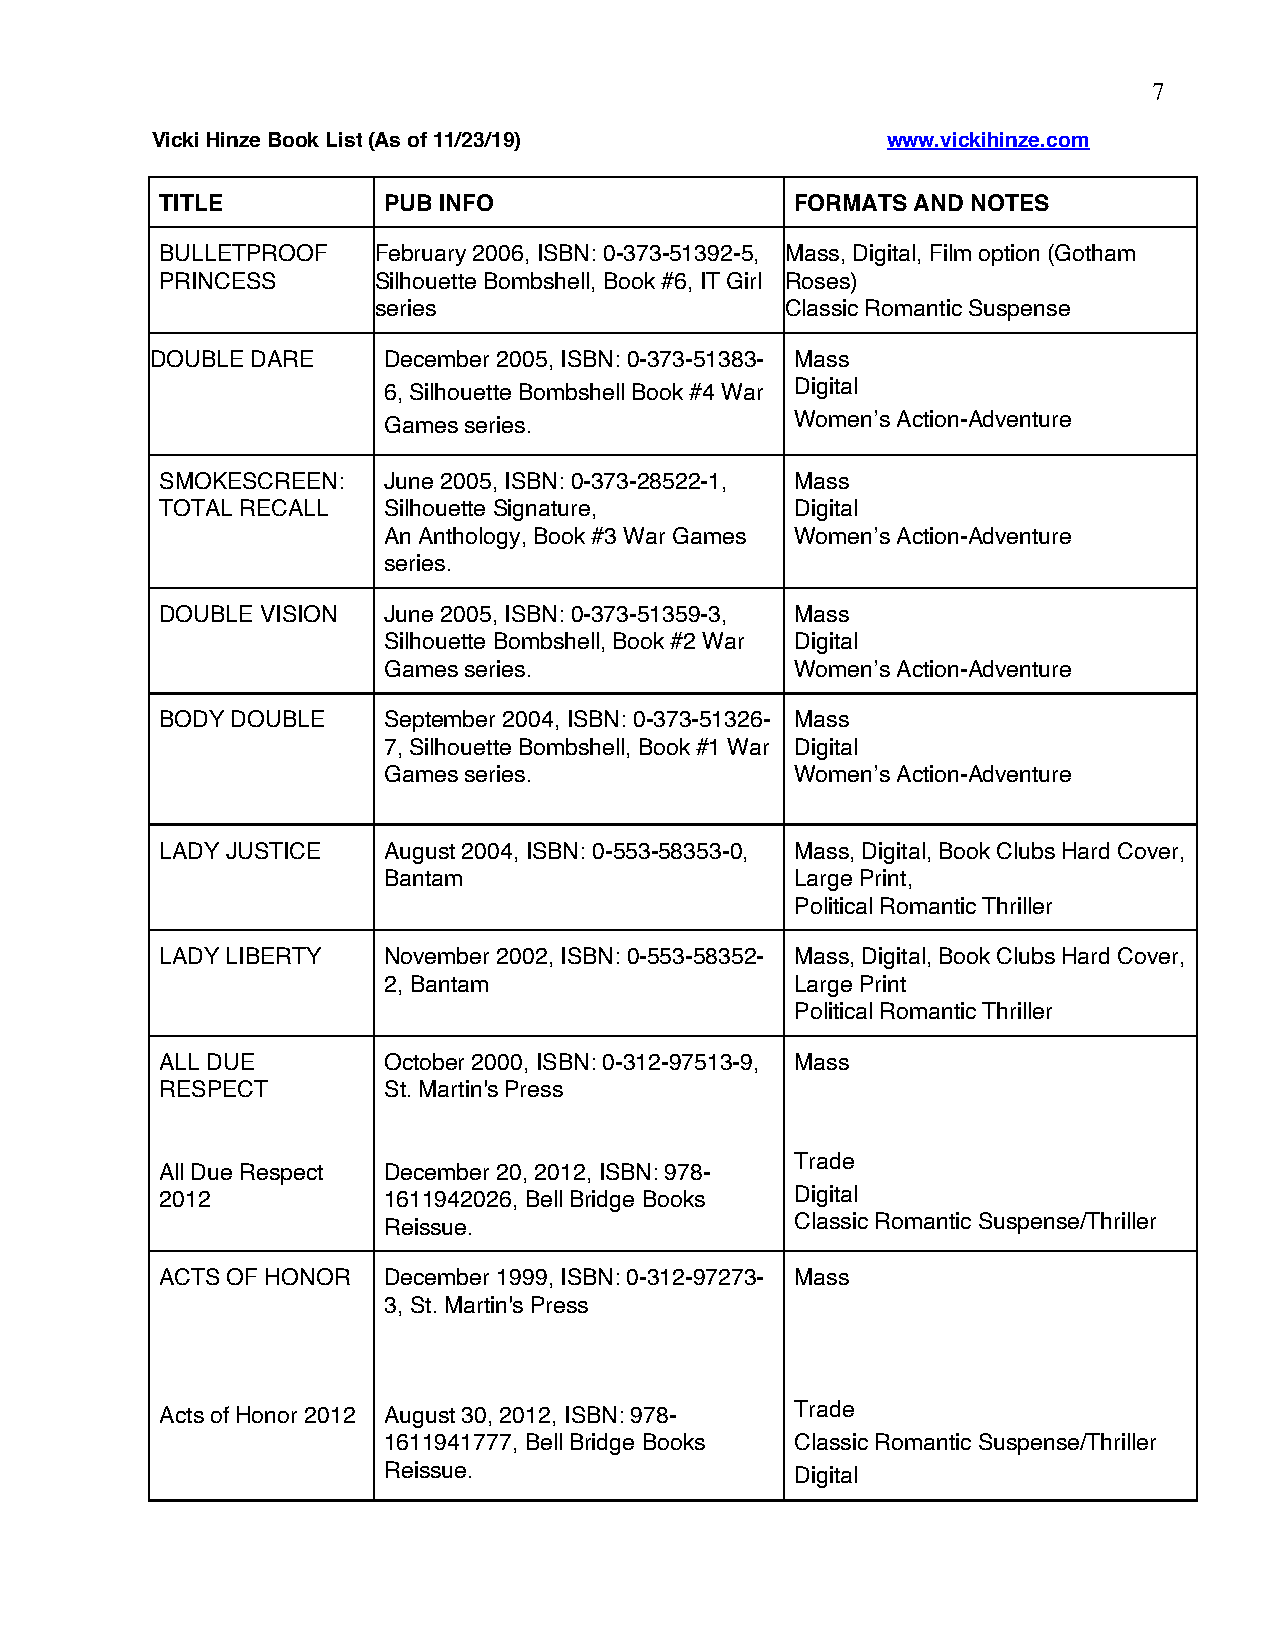
7
 Vicki Hinze Book List (As of 11/23/19)           www.vickihinze.com
 TITLE         PUB INFO                    FORMATS AND NOTES
 BULLETPROOF   February 2006, ISBN: 0-373-51392-5, Mass, Digital, Film option (Gotham
 PRINCESS      Silhouette Bombshell, Book #6, IT Girl Roses)
 series                     Classic Romantic Suspense
 DOUBLE DARE    December 2005, ISBN: 0-373-51383- Mass
 6, Silhouette Bombshell Book #4 War Digital
 Games series.               Women’s Action-Adventure
 SMOKESCREEN:  June 2005, ISBN: 0-373-28522-1, Mass
 TOTAL RECALL  Silhouette Signature,       Digital
 An Anthology, Book #3 War Games Women’s Action-Adventure
 series.
 DOUBLE VISION June 2005, ISBN: 0-373-51359-3, Mass
 Silhouette Bombshell, Book #2 War Digital
 Games series.               Women’s Action-Adventure
 BODY DOUBLE   September 2004, ISBN: 0-373-51326- Mass
 7, Silhouette Bombshell, Book #1 War Digital
 Games series.               Women’s Action-Adventure
 LADY JUSTICE  August 2004, ISBN: 0-553-58353-0, Mass, Digital, Book Clubs Hard Cover,
 Bantam                      Large Print,
 Political Romantic Thriller
 LADY LIBERTY  November 2002, ISBN: 0-553-58352- Mass, Digital, Book Clubs Hard Cover,
 2, Bantam                   Large Print
 Political Romantic Thriller
 ALL DUE       October 2000, ISBN: 0-312-97513-9, Mass
 RESPECT       St. Martin's Press
 Trade
 All Due Respect December 20, 2012, ISBN: 978-
 2012          1611942026, Bell Bridge Books Digital
 Reissue.                    Classic Romantic Suspense/Thriller
 ACTS OF HONOR December 1999, ISBN: 0-312-97273- Mass
 3, St. Martin's Press
 Acts of Honor 2012 August 30, 2012, ISBN: 978- Trade
 1611941777, Bell Bridge Books Classic Romantic Suspense/Thriller
 Reissue.                    Digital